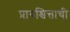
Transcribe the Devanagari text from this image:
प्रायश्चित्ताची